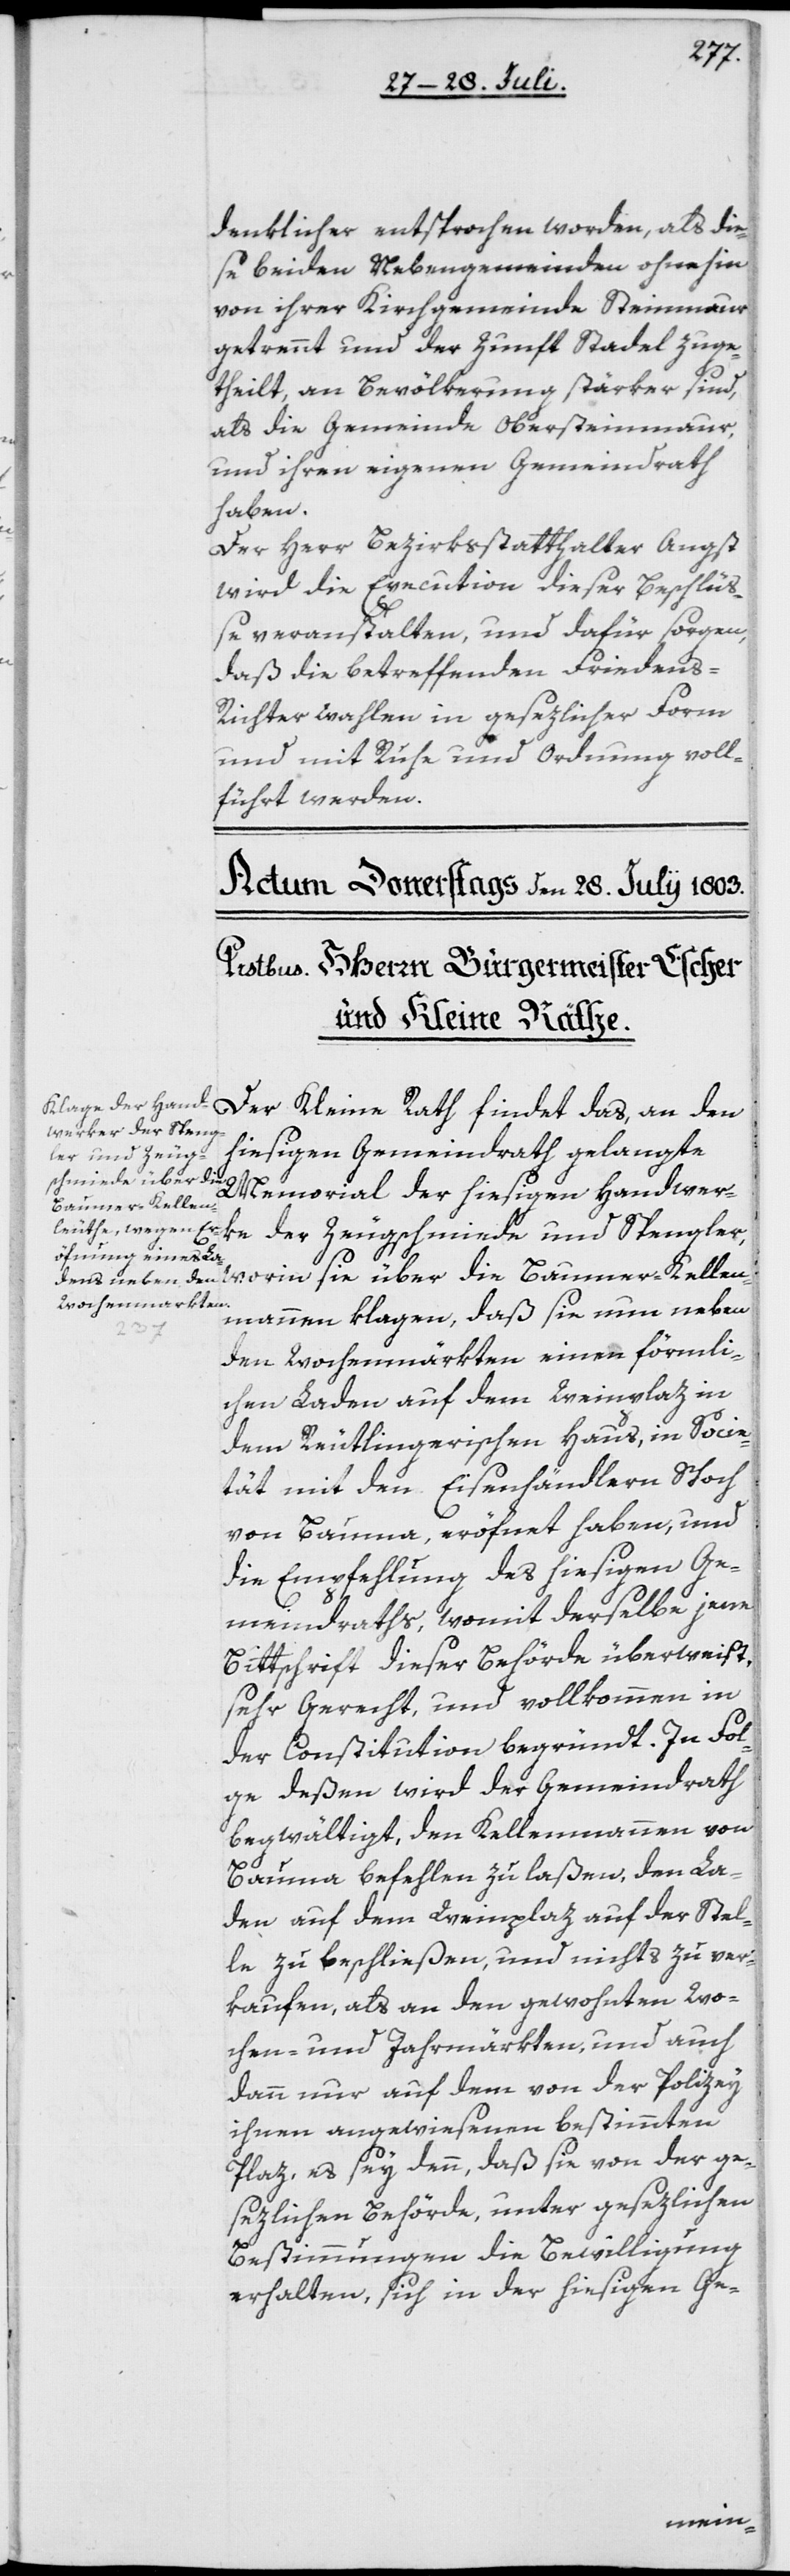
denklicher entsprochen worden, als die¬
se beiden Nebengemeinden ohnehin
von ihrer Kirchgemeinde Steinmaur
getrennt und der Zunft Stadel zuge¬
theilt, an Bevölkerung stärker sind,
als die Gemeinde Obersteinmaur,
und ihren eigenen Gemeindrath
haben.
Der Herr Berzirksstatthalter Angst
wird die Execution dieser Beschlüß¬
e veranstalten, und dafür sorgen,
daß die betreffenden Friedens¬
richterwahlen in gesezlicher Form
und mit Ruhe und Ordnung voll¬
führt werden.
Der Kleine Rath findet das, an den
hiesigen Gemeindrath gelangte
Memorial der hiesigen Handwer¬
Baumer-Kellen¬
sie
ke der Zeugschmiede und Spengler,
mannen klagen, daß sie nun neben
den Wochenmärkten einen förmli¬
chen Laden auf dem Weinplaz in
dem Reutlingerischen Haus, in Socie¬
tät mit den Eisenhändlern Schoch
von Bauma, eröfnet haben, und
die Empfehlung des hiesigen Ge¬
meindraths, womit derselbe jene
Bittschrift dieser Behörde überweist,
sehr Gerecht und vollkommen in
der Constitution begründt. In Fol¬
ge deßen wird der Gemeindrath
begwältigt, den Kellenmannen von
Bauma befehlen zu laßen, den La¬
den auf dem Weinplaz auf der Stel¬
le zu beschließen, und nichts zu ver¬
kaufen, als an den gewohnten Wo¬
chen- und Jahrmärkten, und auch
dann nur auf dem von der Polizey
ihnen angewiesenen bestimmten
Plaz, es sey denn, daß sie von der ge¬
sezlichen Behörde, unter gesezlichen
Bestimmungen die Bewilligung
erhalten, sich in der hiesigen Ge-